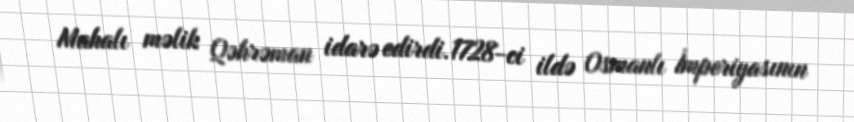
Mahalı məlik Qəhrəman idarə edirdi.1728-ci ildə Osmanlı İmperiyasının